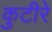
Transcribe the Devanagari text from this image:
कुटीरे